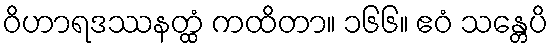
ဝိဟာရဒဿနတ္ထံ ကထိတာ။ ၁၆၆။ ဧဝံ သန္တေပိ